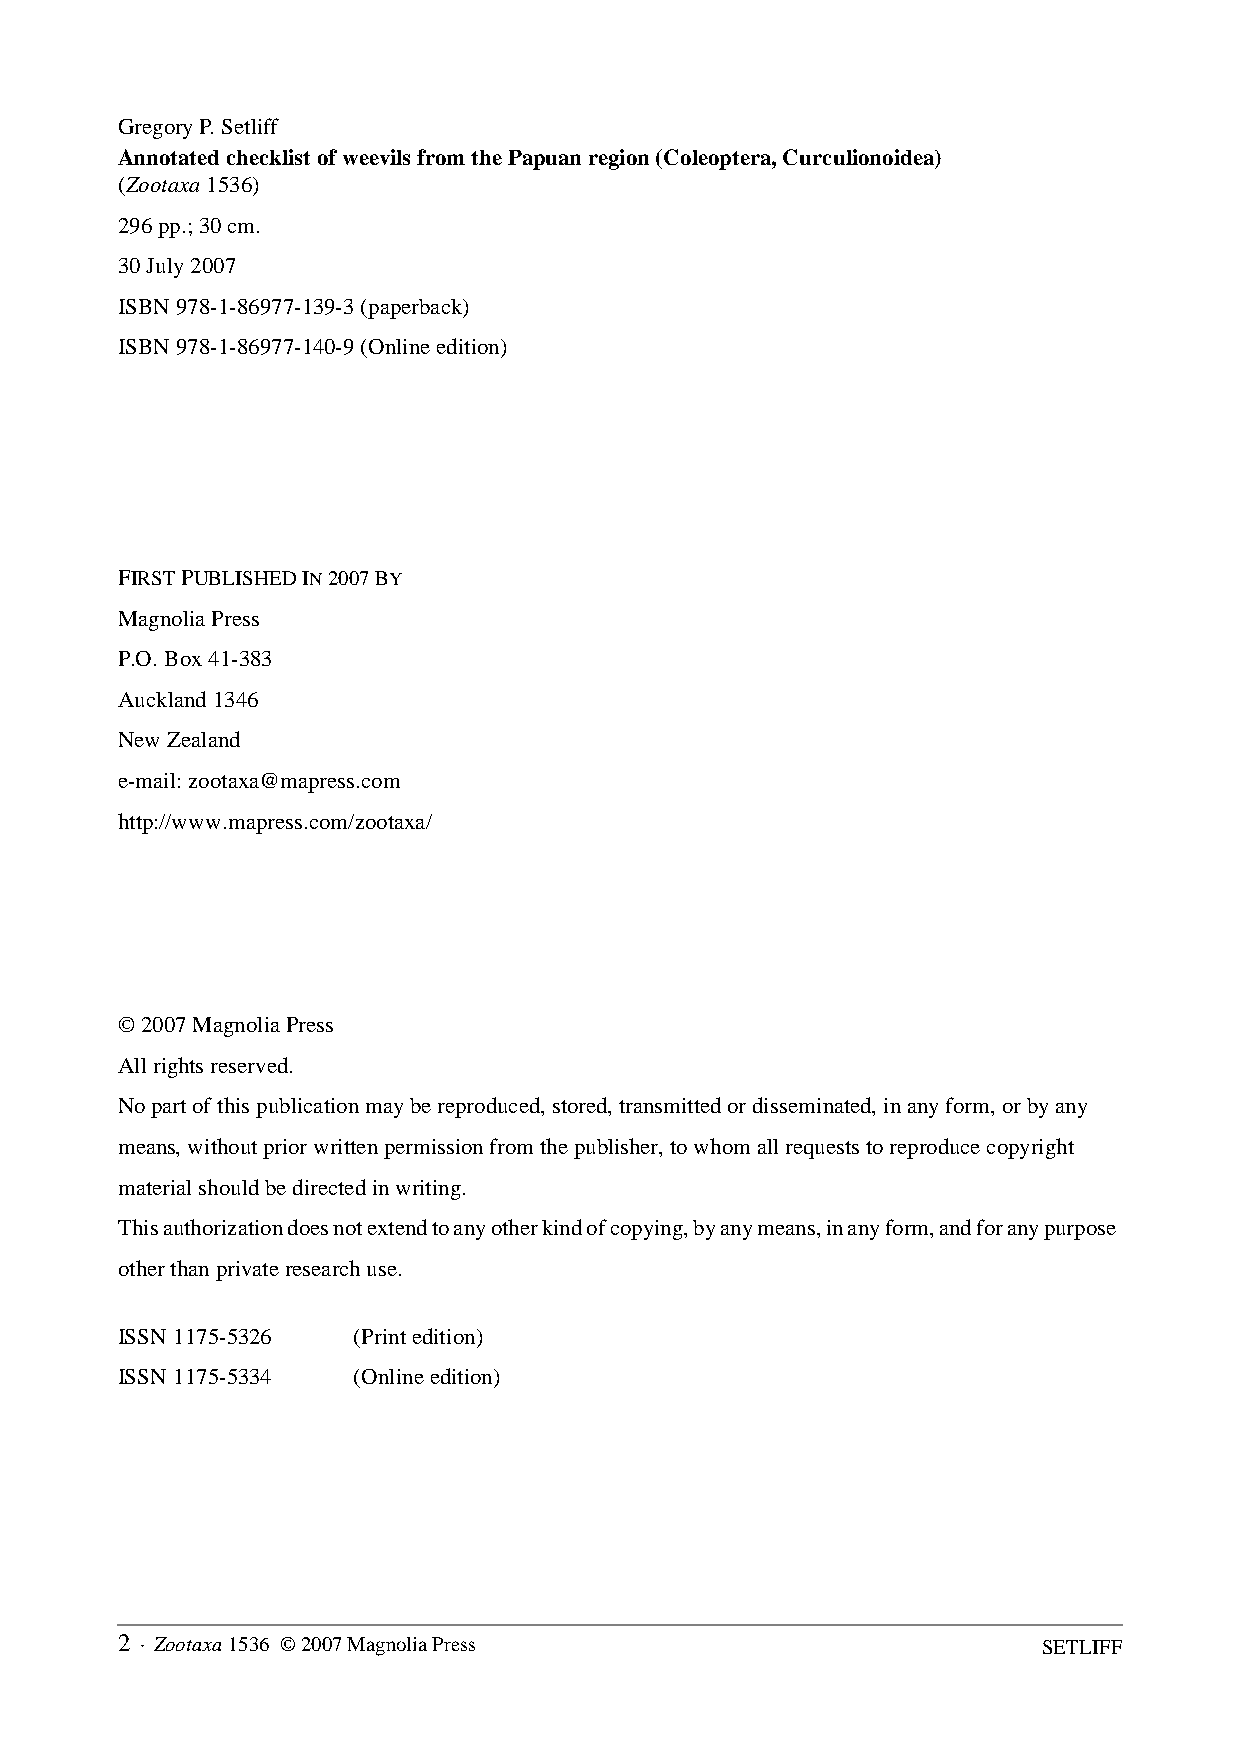
Gregory P. Setliff
 Annotated checklist of weevils from the Papuan region (Coleoptera, Curculionoidea)
 (Zootaxa 1536)
 296 pp.; 30 cm.
 30 July 2007
 ISBN 978-1-86977-139-3 (paperback)
 ISBN 978-1-86977-140-9 (Online edition)
 FIRST PUBLISHED IN 2007 BY
 Magnolia Press
 P.O. Box 41-383
 Auckland 1346
 New Zealand
 e-mail: zootaxa@mapress.com
 http://www.mapress.com/zootaxa/
 © 2007 Magnolia Press
 All rights reserved.
 No part of this publication may be reproduced, stored, transmitted or disseminated, in any form, or by any
 means, without prior written permission from the publisher, to whom all requests to reproduce copyright
 material should be directed in writing.
 This authorization does not extend to any other kind of copying, by any means, in any form, and for any purpose
 other than private research use.
 ISSN 1175-5326 (Print edition)
 ISSN 1175-5334 (Online edition)
 2 · Zootaxa 1536 © 2007 Magnolia Press                       SETLIFF